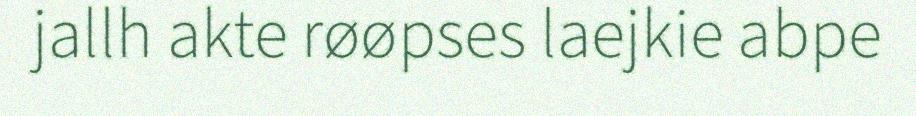
jallh akte røøpses laejkie abpe